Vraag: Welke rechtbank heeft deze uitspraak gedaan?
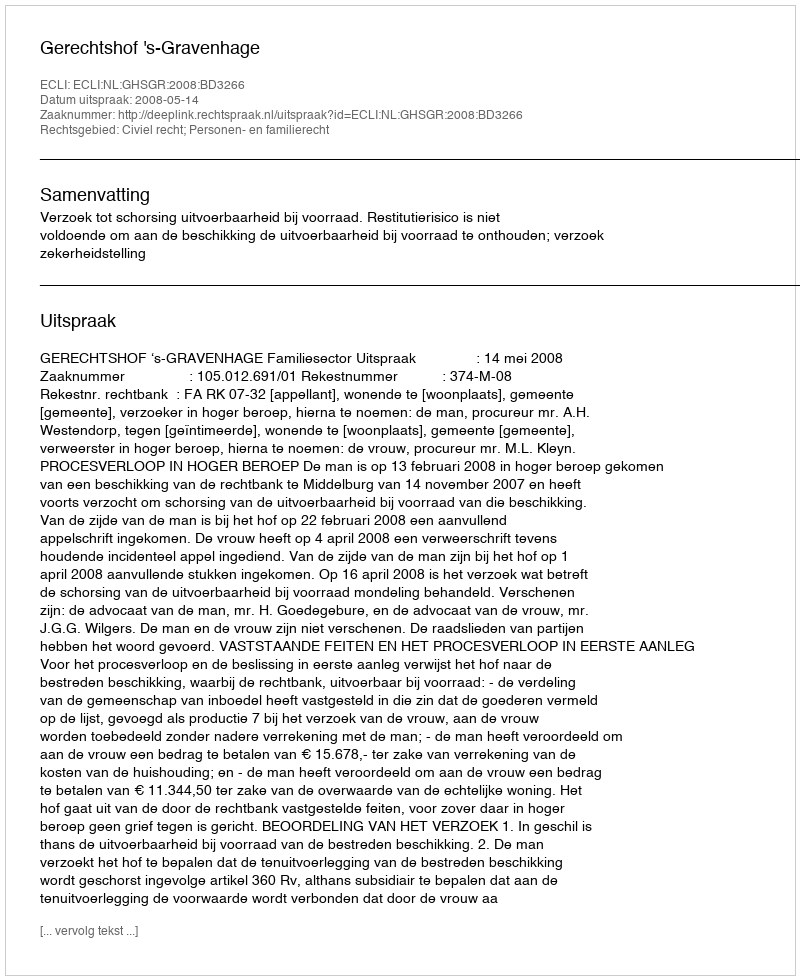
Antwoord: Gerechtshof 's-Gravenhage